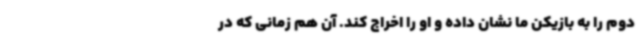
دوم را به بازیکن ما نشان داده و او را اخراج کند. آن هم زمانی که در